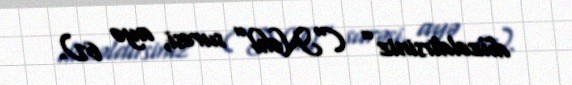
düzəldirsiniz” (“Nəhl” surəsi, ayə 67).